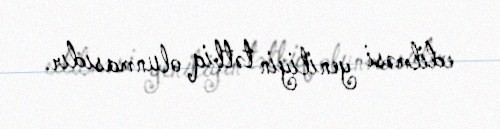
edilməsi yeniliyin tətbiq olunmasıdır.